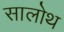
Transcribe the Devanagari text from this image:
सालोथ